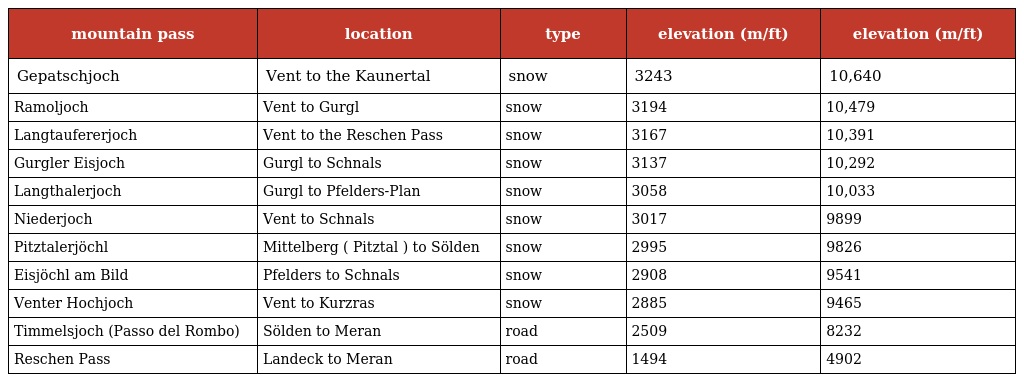
| mountain pass | location | type | elevation (m/ft) | elevation (m/ft) |
 | --- | --- | --- | --- | --- |
 | Gepatschjoch | Vent to the Kaunertal | snow | 3243 | 10,640 |
 | Ramoljoch | Vent to Gurgl | snow | 3194 | 10,479 |
 | Langtaufererjoch | Vent to the Reschen Pass | snow | 3167 | 10,391 |
 | Gurgler Eisjoch | Gurgl to Schnals | snow | 3137 | 10,292 |
 | Langthalerjoch | Gurgl to Pfelders-Plan | snow | 3058 | 10,033 |
 | Niederjoch | Vent to Schnals | snow | 3017 | 9899 |
 | Pitztalerjöchl | Mittelberg ( Pitztal ) to Sölden | snow | 2995 | 9826 |
 | Eisjöchl am Bild | Pfelders to Schnals | snow | 2908 | 9541 |
 | Venter Hochjoch | Vent to Kurzras | snow | 2885 | 9465 |
 | Timmelsjoch (Passo del Rombo) | Sölden to Meran | road | 2509 | 8232 |
 | Reschen Pass | Landeck to Meran | road | 1494 | 4902 |